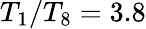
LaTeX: T_{1}/T_{8}=3.8